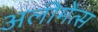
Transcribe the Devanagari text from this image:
अलीमेंत्स